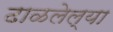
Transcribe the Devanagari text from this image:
ढाळलेल्या